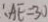
\therefore A E = 3 0